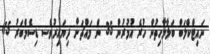
ނައިޓްކްލަބް ބަލާލާހިތުން ހުރެ އުމުރުން 35 ން މައްޗަށް ދިޔައިރުވެސ ޑިސެމްބަރު 15